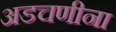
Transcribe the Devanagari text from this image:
अडचणीना